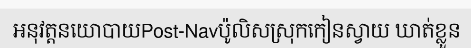
អនុវត្តនយោបាយPost-Navប៉ូលិសស្រុកកៀនស្វាយ ឃាត់ខ្លួន